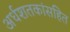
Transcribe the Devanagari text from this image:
अर्धशतकांसहित